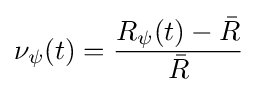
\nu _{\psi }(t)={\frac {R_{\psi }(t)-{\bar {R}}}{\bar {R}}}